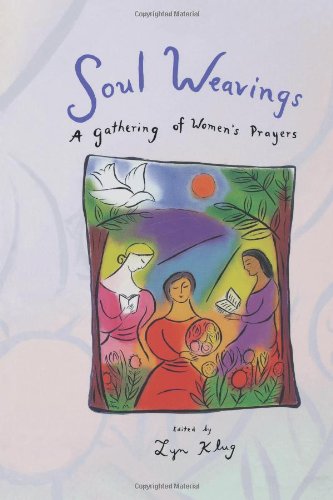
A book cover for Soul Weaving: A Gathering of Women's Prayers; Lyn Klug; Crafts, Hobbies & Home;